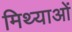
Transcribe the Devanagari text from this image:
मिथ्याओं